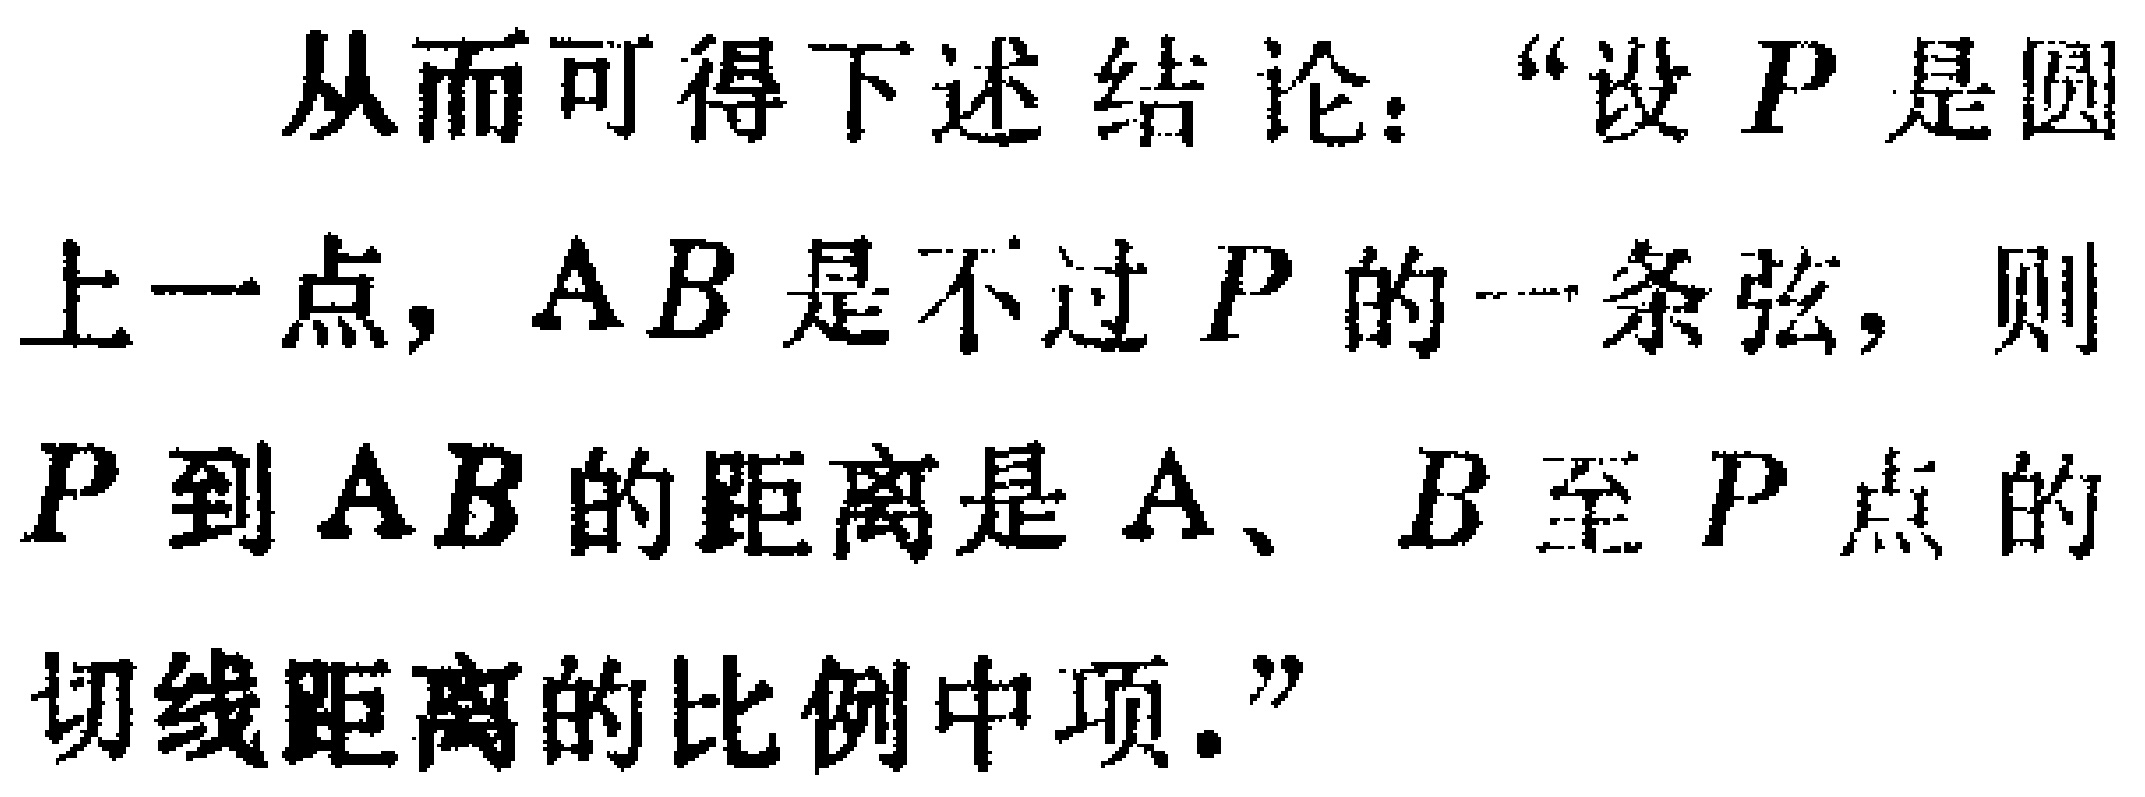
从而可得下述结论：“设\(P\)是圆上一点，\(AB\)是不过\(P\)的一条弦，则\(P\)到\(AB\)的距离是\(A\)、\(B\)至\(P\)点的切线距离的比例中项。”